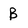
Character: B